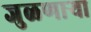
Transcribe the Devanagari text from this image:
जुळणार्‍या